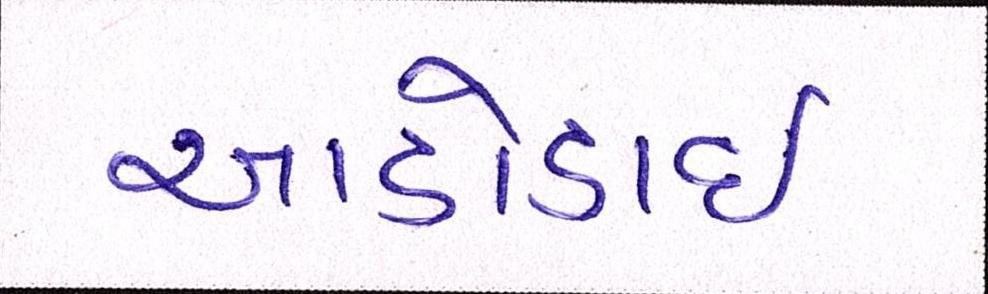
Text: આડોડાઈ